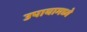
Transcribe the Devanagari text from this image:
उपायामध्ये